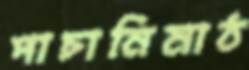
পাচানিমাঠ